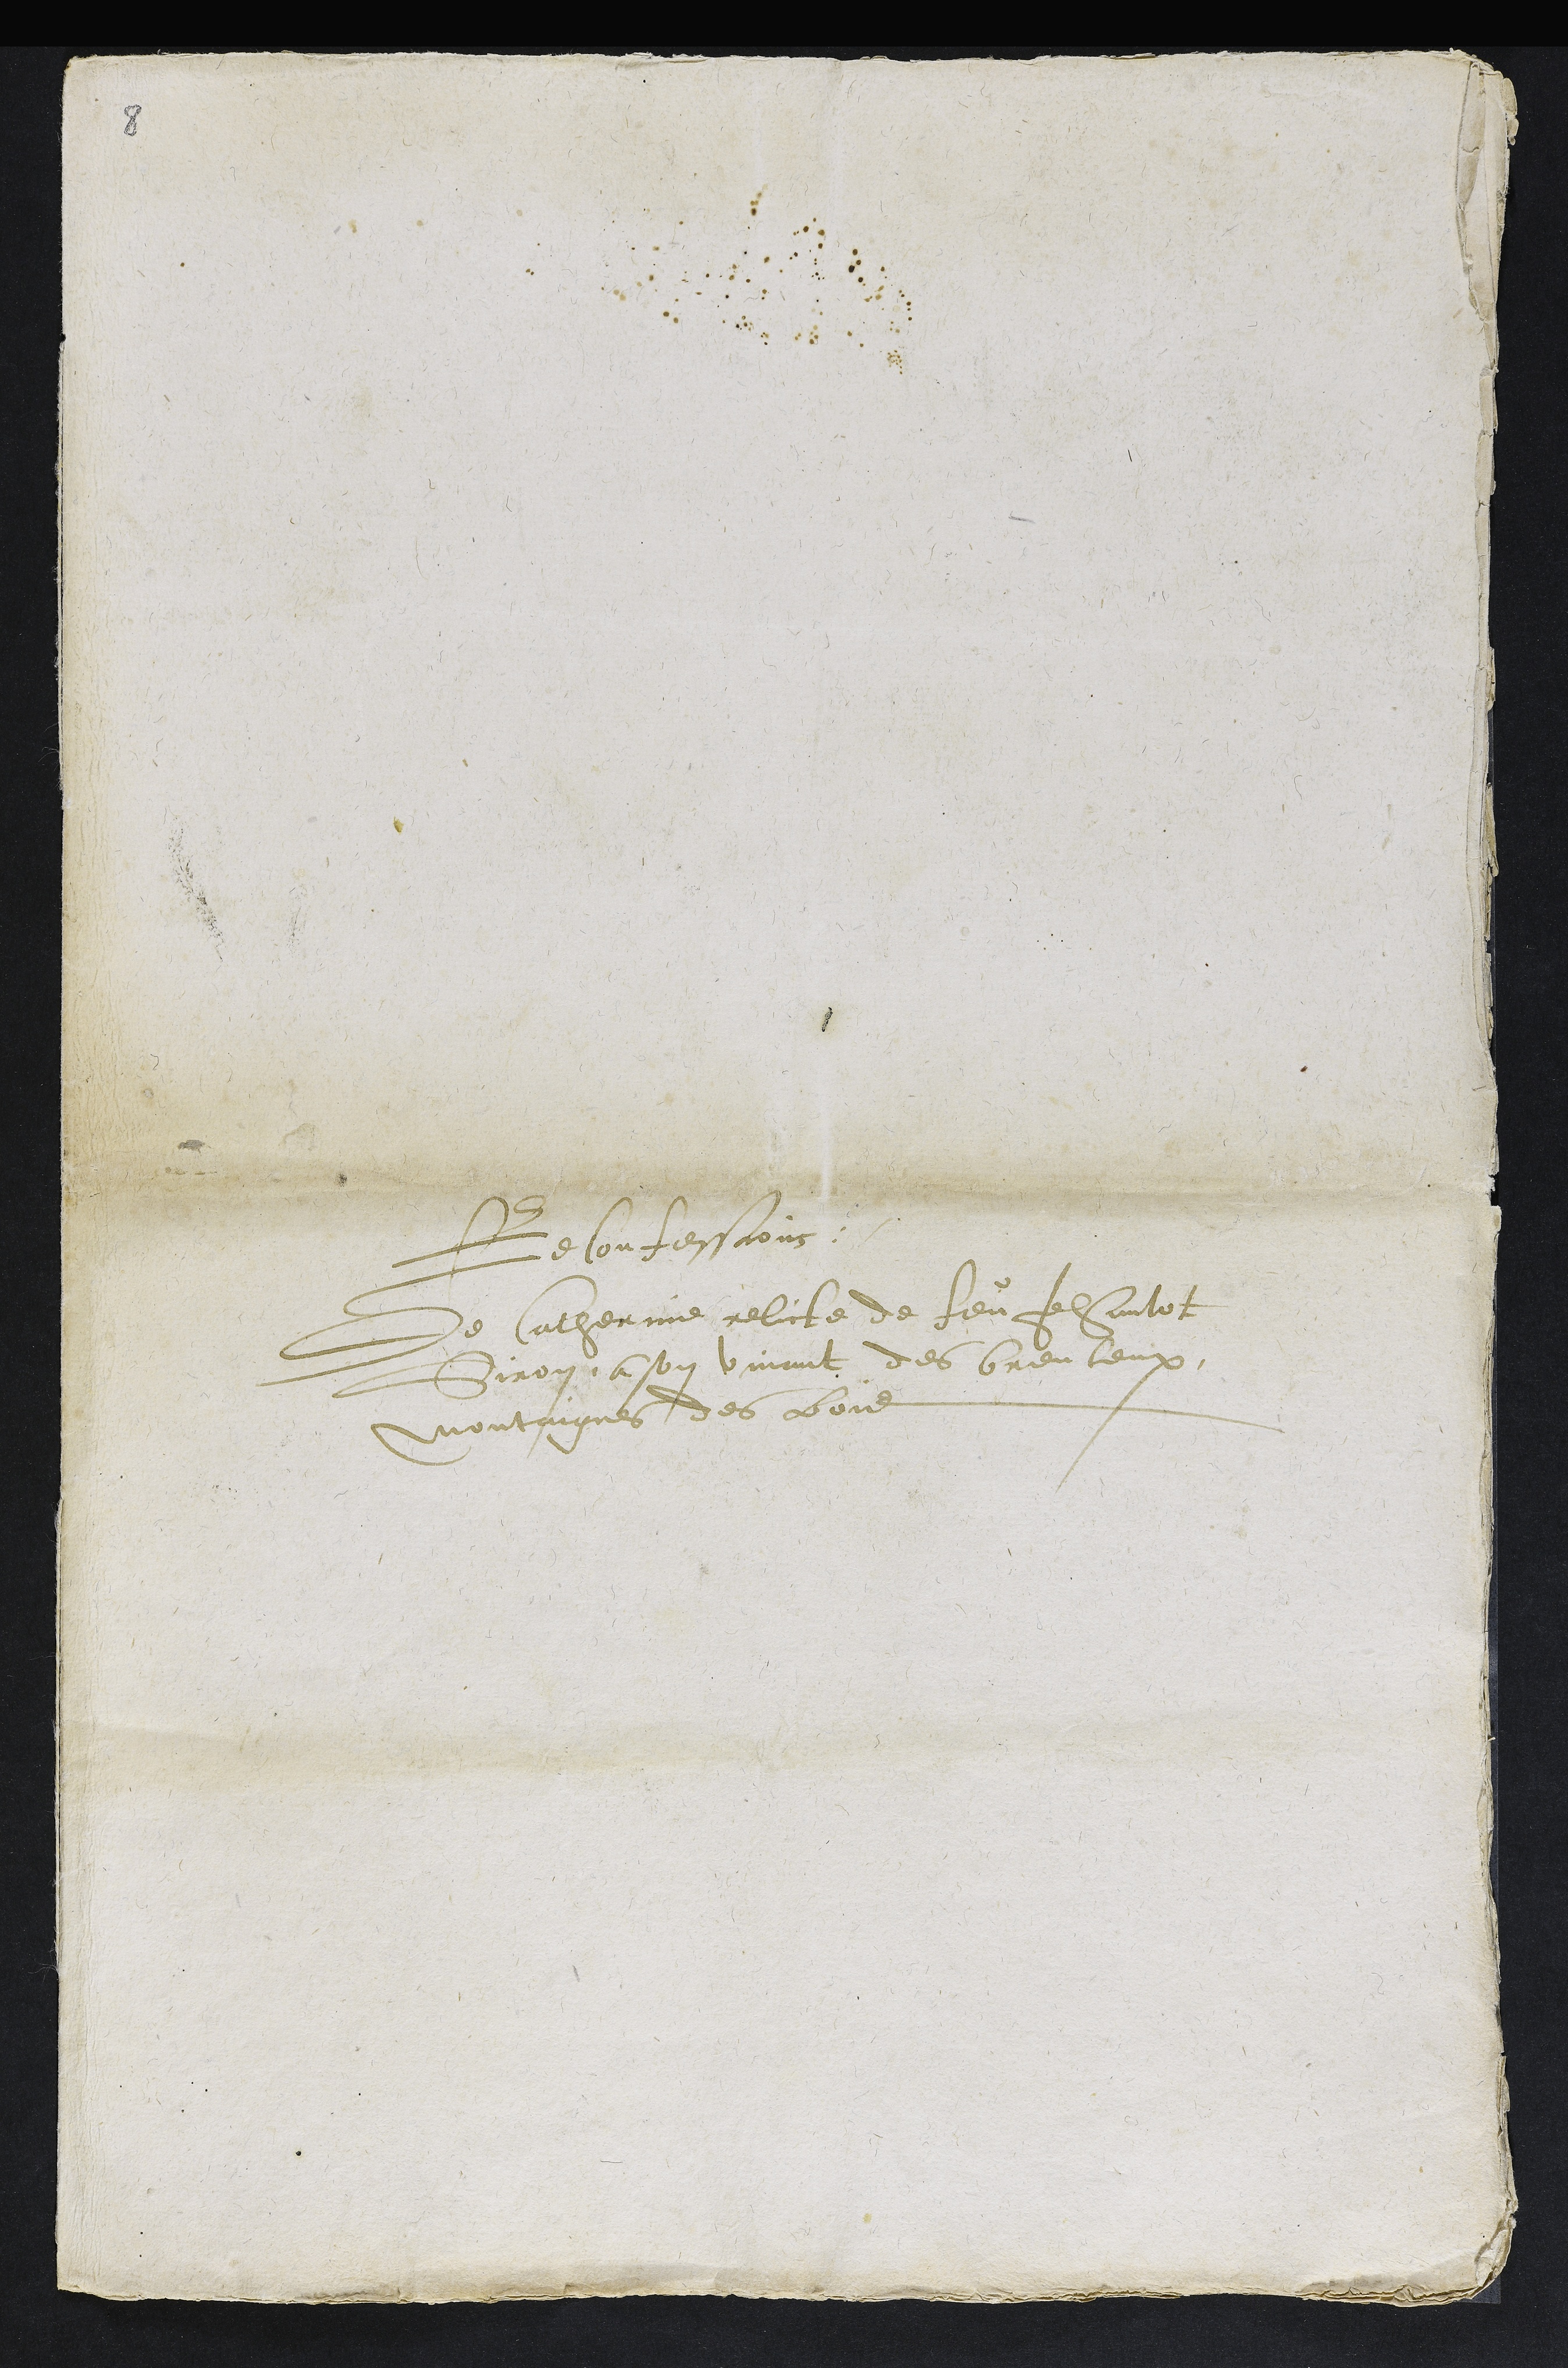
8

Reconfessions
De Catherine relicte de feu Jehantot
Siron a son vivant des Breuleux
Montaignes des bois